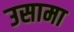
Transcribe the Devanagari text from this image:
उसामा